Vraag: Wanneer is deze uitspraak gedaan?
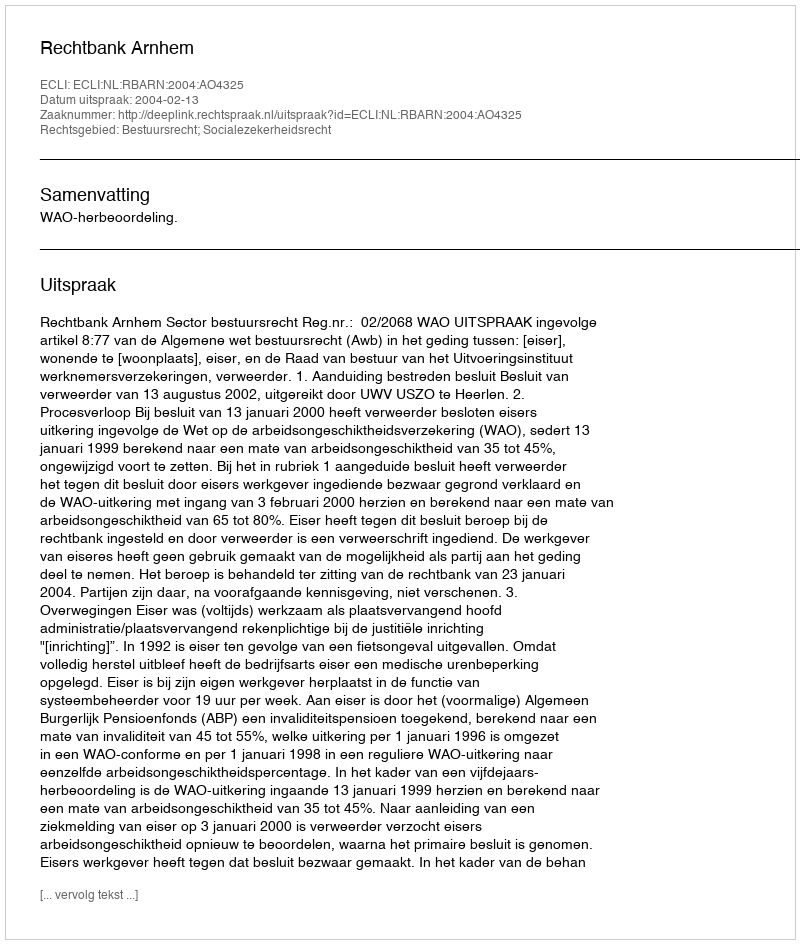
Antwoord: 2004-02-13